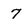
Character: 7